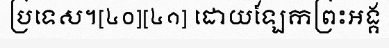
ប្រទេស។[៤០][៤១] ដោយឡែកព្រះអង្គ